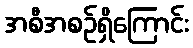
အစီအစဉ်ရှိကြောင်း